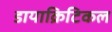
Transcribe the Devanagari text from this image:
डायाक्रिटिकल